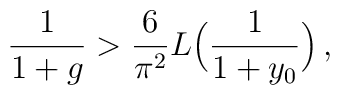
\frac{1}{1+g} > \frac{6}{\pi^2}  L\Bigl( \frac{1}{1+y_0} \Bigr) \,,